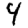
Digit: 4